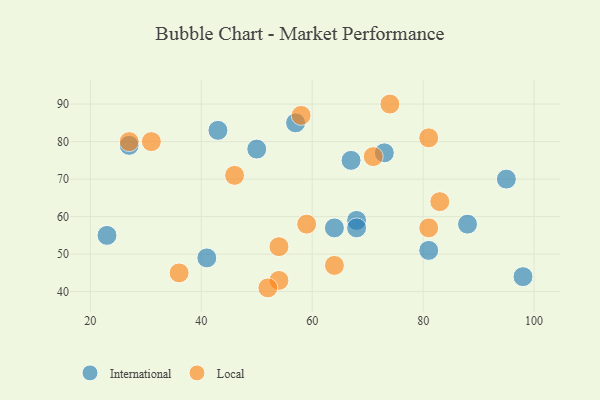
{"axis": {"x": "GDP", "y": "Life Expectancy"}, "legend": ["International", "Local"], "data": [{"x": "57", "y": 85, "type": "International"}, {"x": "43", "y": 83, "type": "International"}, {"x": "41", "y": 49, "type": "International"}, {"x": "95", "y": 70, "type": "International"}, {"x": "67", "y": 75, "type": "International"}, {"x": "88", "y": 58, "type": "International"}, {"x": "23", "y": 55, "type": "International"}, {"x": "98", "y": 44, "type": "International"}, {"x": "73", "y": 77, "type": "International"}, {"x": "68", "y": 59, "type": "International"}, {"x": "81", "y": 51, "type": "International"}, {"x": "27", "y": 79, "type": "International"}, {"x": "50", "y": 78, "type": "International"}, {"x": "68", "y": 57, "type": "International"}, {"x": "64", "y": 57, "type": "International"}, {"x": "54", "y": 52, "type": "Local"}, {"x": "36", "y": 45, "type": "Local"}, {"x": "58", "y": 87, "type": "Local"}, {"x": "54", "y": 43, "type": "Local"}, {"x": "71", "y": 76, "type": "Local"}, {"x": "81", "y": 57, "type": "Local"}, {"x": "81", "y": 81, "type": "Local"}, {"x": "27", "y": 80, "type": "Local"}, {"x": "74", "y": 90, "type": "Local"}, {"x": "83", "y": 64, "type": "Local"}, {"x": "52", "y": 41, "type": "Local"}, {"x": "59", "y": 58, "type": "Local"}, {"x": "46", "y": 71, "type": "Local"}, {"x": "31", "y": 80, "type": "Local"}, {"x": "64", "y": 47, "type": "Local"}]}